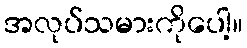
အလုပ်သမားကိုပေါ့။